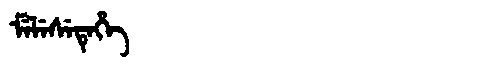
Manchu: ᠮᡝᠯᡝᠰᡝᡨᡝᡥᡝ
Romanization: MELESETEHE